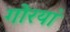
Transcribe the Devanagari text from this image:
गोरयां